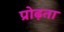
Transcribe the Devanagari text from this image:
प्रोढ़ता